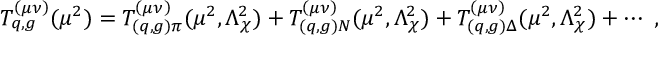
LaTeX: T _ { q , g } ^ { \left( \mu \nu \right) } ( \mu ^ { 2 } ) = T _ { ( q , g ) \pi } ^ { \left( \mu \nu \right) } ( \mu ^ { 2 } , \Lambda _ { \chi } ^ { 2 } ) + T _ { ( q , g ) N } ^ { \left( \mu \nu \right) } ( \mu ^ { 2 } , \Lambda _ { \chi } ^ { 2 } ) + T _ { ( q , g ) \Delta } ^ { \left( \mu \nu \right) } ( \mu ^ { 2 } , \Lambda _ { \chi } ^ { 2 } ) + \cdots \ ,